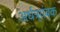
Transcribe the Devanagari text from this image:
अर्धत्र्यंबक